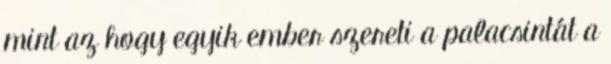
mint az hogy egyik ember szereti a palacsintát a